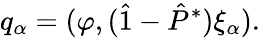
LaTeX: q_{\alpha}=(\varphi,(\hat{1}-\hat{P}^{*})\xi_{\alpha}).